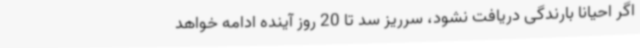
اگر احیانا بارندگی دریافت نشود، سرریز سد تا 20 روز آینده ادامه خواهد